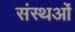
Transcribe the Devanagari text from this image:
संस्थओं